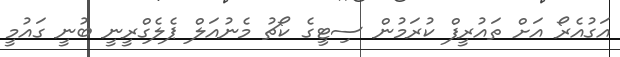
އަގުއެރޯ އަށް ތައުރީފް ކުރަމުން ސިޓީގެ ކޯޗު މެނުއަލް ޕެލެގްރީނީ ބުނީ ގައުމީ